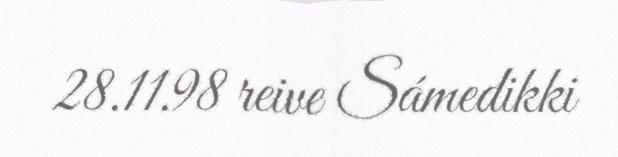
28.11.98 reive Sámedikki